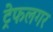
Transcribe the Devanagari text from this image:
ट्रेफलगर